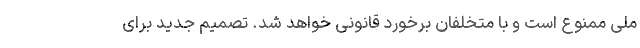
ملی ممنوع است و با متخلفان برخورد قانونی خواهد شد. تصمیم جدید برای